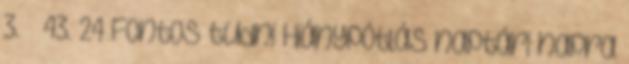
3. § 43. 24 Fontos tudni Hiánypótlás naptári napra